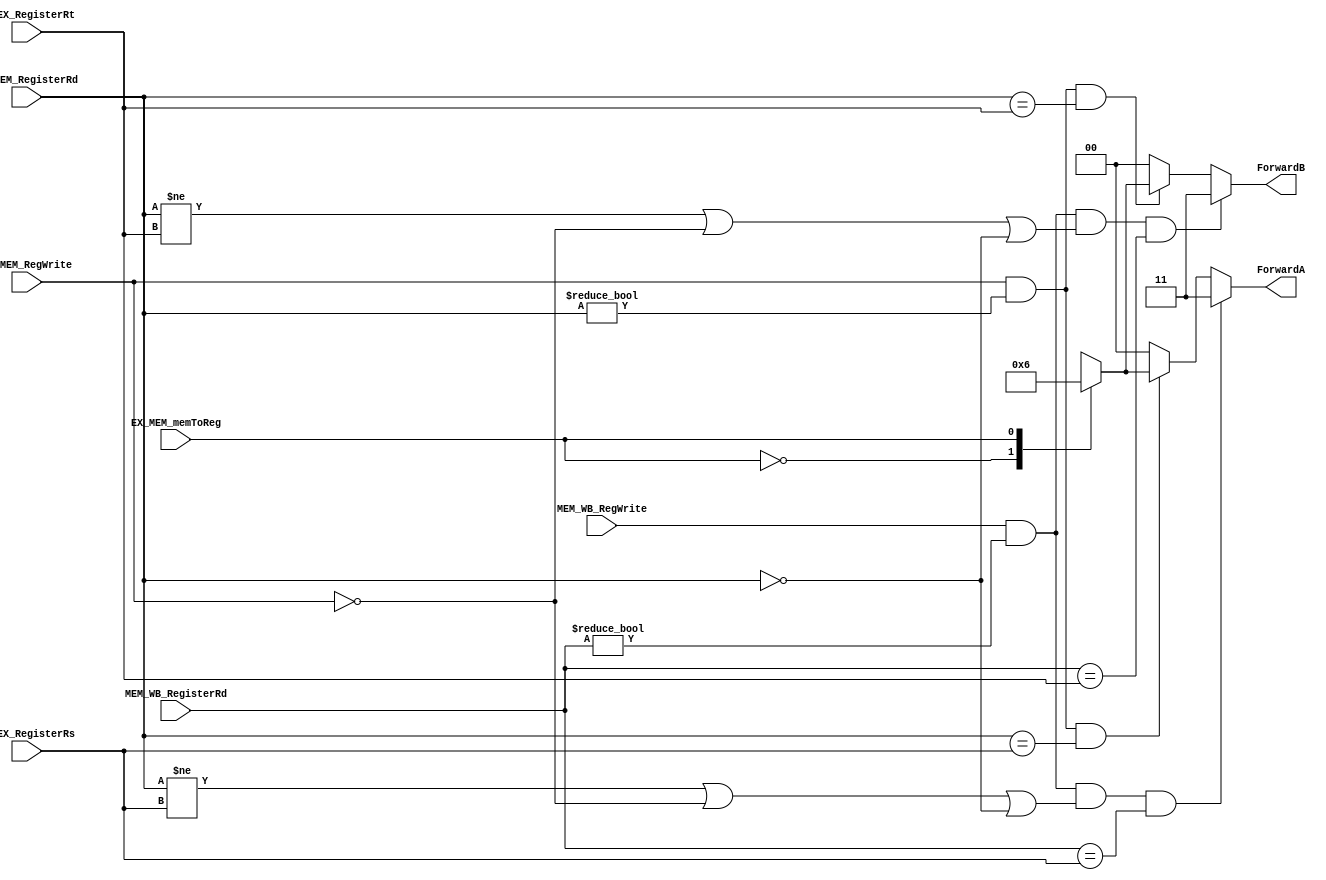
module FU(
output reg [1:0] ForwardA,
output reg [1:0] ForwardB,
input [4:0] ID_EX_RegisterRs,
input [4:0] ID_EX_RegisterRt,
input [4:0] EX_MEM_RegisterRd,
input [4:0] MEM_WB_RegisterRd,
input EX_MEM_RegWrite,
input EX_MEM_memToReg,
input MEM_WB_RegWrite
);

always @(*)
begin
	if (MEM_WB_RegWrite & (MEM_WB_RegisterRd != 5'b00000) & ((EX_MEM_RegisterRd != ID_EX_RegisterRs) | ~EX_MEM_RegWrite | (EX_MEM_RegisterRd == 5'b00000)) & (MEM_WB_RegisterRd == ID_EX_RegisterRs))
		ForwardA = 2'b11;
	else if (EX_MEM_RegWrite & (EX_MEM_RegisterRd != 5'b00000) & (EX_MEM_RegisterRd == ID_EX_RegisterRs))
		begin
			case(EX_MEM_memToReg)
				1'b0: ForwardA = 2'b01;
				1'b1: ForwardA = 2'b10;
			endcase
		end
	else
		ForwardA = 2'b00;
end

always @(*)
begin
	if (MEM_WB_RegWrite & (MEM_WB_RegisterRd != 5'b00000) & ((EX_MEM_RegisterRd != ID_EX_RegisterRt) | ~EX_MEM_RegWrite | (EX_MEM_RegisterRd == 5'b00000)) & (MEM_WB_RegisterRd == ID_EX_RegisterRt))
		ForwardB = 2'b11;
	else if (EX_MEM_RegWrite & (EX_MEM_RegisterRd != 5'b00000) & (EX_MEM_RegisterRd == ID_EX_RegisterRt)) 
		begin
			case(EX_MEM_memToReg)
				1'b0: ForwardB = 2'b01;
				1'b1: ForwardB = 2'b10;
			endcase
		end
	else
		ForwardB = 2'b00;
end

endmodule